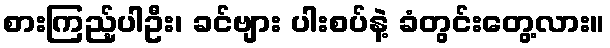
စားကြည့်ပါဦး၊ ခင်ဗျား ပါးစပ်နဲ့ ခံတွင်းတွေ့လား။